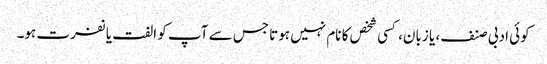
کوئی ادبی صنف، یا زبان، کسی شخص کا نام نہیں ہوتا جس سے آپ کو الفت یا نفرت ہو۔